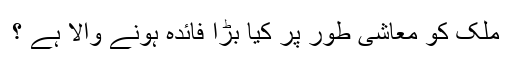
ملک کو معاشی طور پر کیا بڑا فائدہ ہونے والا ہے ؟